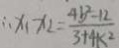
\therefore x _ { 1 } x _ { 2 } = \frac { 4 b ^ { 2 } - 1 2 } { 3 + 4 k ^ { 2 } }